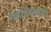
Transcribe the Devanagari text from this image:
महाशिष्याणा